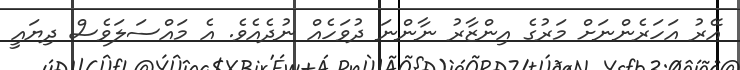
އޭރު އަހަރެންނަށް މަރުގެ އިންޒާރު ނާންނަ ދުވަހެއް ނުދެއެވެ. އެ މައްސަލަވެސް ދިޔައީ